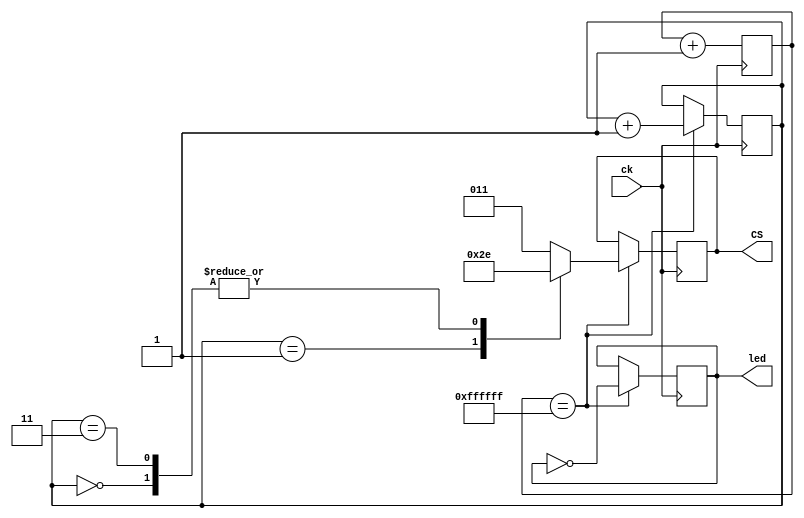
module slow_blink(ck, led, CS);
input ck;
output reg [7:0] led;
output reg [2:0] CS;

reg [23:0] reg_cnt;
reg [2:0] func_cnt;

initial reg_cnt<=0;
initial func_cnt<=0;

always @( posedge ck ) begin
	reg_cnt <= reg_cnt+1'b1;
	if(reg_cnt == 'hffffff)begin
		func_cnt <= func_cnt+1;
		case(func_cnt)
			0: CS=3'b110;
			1: CS=3'b101;
			2: CS=3'b011;
			3: CS=3'b110;
			default:CS=3'b011;
		endcase		
		led<=~led;		
	end
end
endmodule